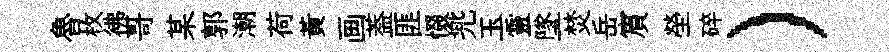
魯枚彿哥某郭潮荷黃画葢匪惙兠玉靈墜焚岳賔塋碎）